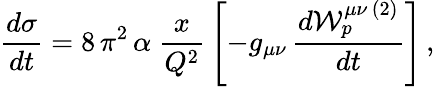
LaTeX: \frac{d\sigma}{dt}=8\, \pi^{2}\, \alpha\ \frac{x}{Q^{2}}\, \left[-g_{\mu\nu}\, \frac{d{\mathcal W}_{p}^{\mu\nu\, (2)}}{dt}\right]\, ,